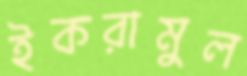
ইকরামুল